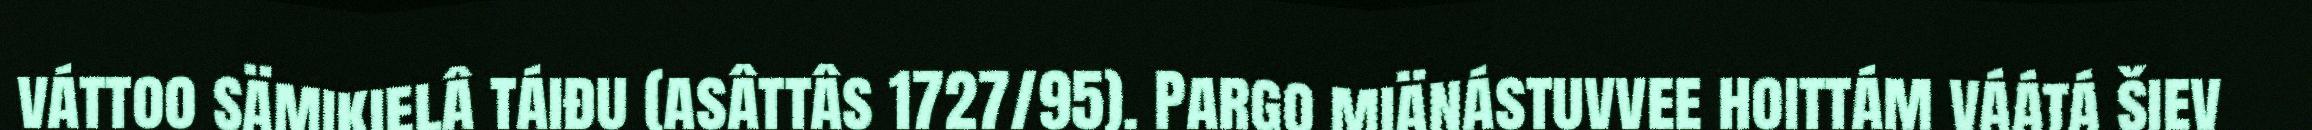
váttoo sämikielâ táiđu (asâttâs 1727/95). Pargo miänástuvvee hoittám váátá šiev